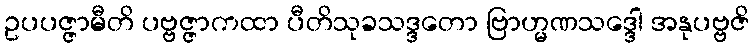
ဥပပဇ္ဇာမီတိ ပဗ္ဗဇ္ဇာကထာ ပီတိသုခသဒ္ဒတော ဗြာဟ္မဏသဒ္ဒေါ အနုပဗ္ဗဇိ